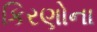
કિરણોના